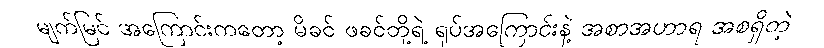
မျက်မြင် အကြောင်းကတော့ မိခင် ဖခင်တို့ရဲ့ ရုပ်အကြောင်းနဲ့ အစာအဟာရ အစရှိတဲ့